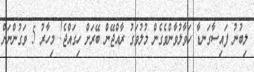
ލިބުނު ފައިސާގަނޑާ ހަވާލުވާންވެގެން މުލުވަގު ރާއްޖޭން ބޭރަށް ހިގައްޖެ! މިހާރު 5 ވަގުންނަށް